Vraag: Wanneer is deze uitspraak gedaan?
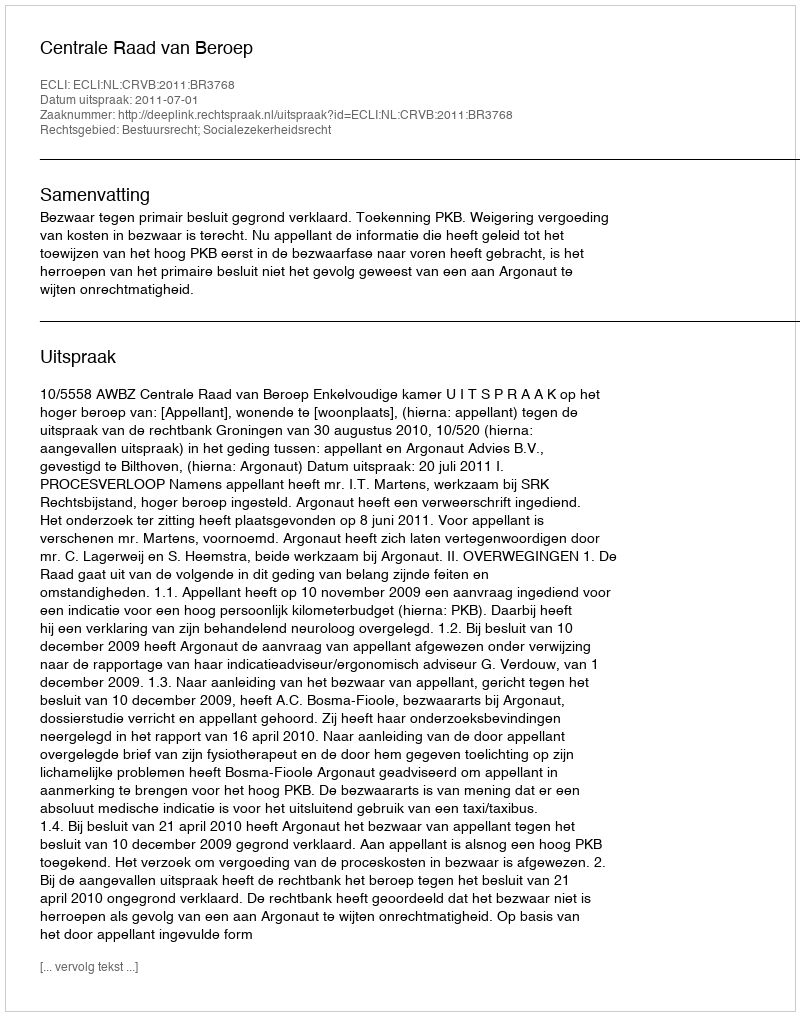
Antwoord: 2011-07-01